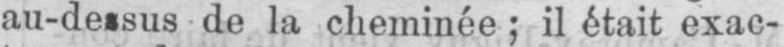
de la cheminée; il était exac-